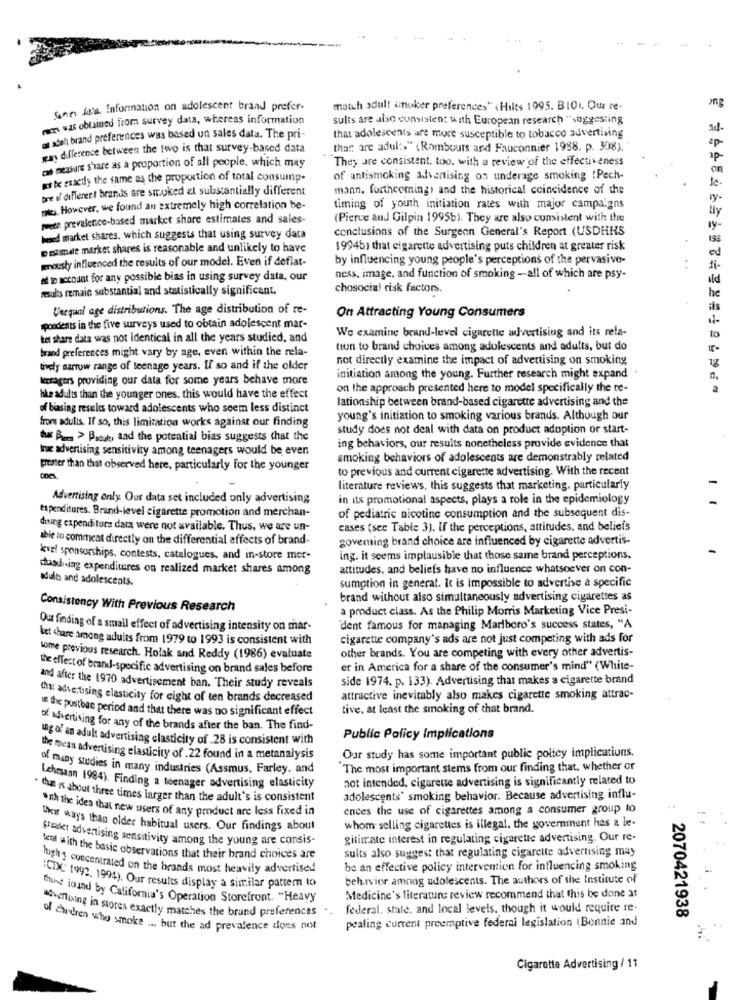
--
Come de'a Information on adolescent brand prefer.
match adult smoker preferences" <Hilts 1995. BIO1. Our re-
mens was obtained from survey data, whereas information
sulis are also consistent with European research "suggesting
of adel brand preferences was based on sales data. The pri-
that adolescents are more susceptible to tobacco advertising
gan difference between the two is that survey-based data
thar are adult" (Rombours and Fauconnier 1988, p. 308).
They are consistent. too. with a review of the effectiveness
cas measure s'are as a proportion of all people, which may
on
at be exactly the same as the proportion of total consump.
of antismoking advertising on underage smoking (Pech-
one of different brands are smoked at substantially different
mann, forthcoming) and the historical coincidence of the
de-
ly-
pat. However, we found an extremely high correlation be-
timing of youth initiation rates with major campaigns
twede prevalence-based market share estimates and sales-
(Pierce and Gilpin 1995b). They are also consistent with the
conclusions of the Surgeon General's Report (USDHHS
bened market shares. which suggests that using survey data
Destimile market shares is reasonable and unlikely to have
19946) chat cigarette advertising puts children at greater risk
genousty influenced the results of our model. Even if deflat-
by influencing young people's perceptions of the pervasive-
. .
ed to account for any possible bias in using survey data, our
ncss, image, and function of smoking -all of which are psy-
ild
results remain substantial and statistically significant.
chosocial risk factors.
he
Unequal age distributions. The age distribution of re-
On Attracting Young Consumers
spondents in the five surveys used to obtain adolescent mar-
tet share data was not identical in all the years studied, and
We examine brand-level cigarette advertising and its rela-
to
brand preferences might vary by age, even within the rela-
tion to brand choices among adolescents and adults, but do
not directly examine the impact of advertising on smoking
tively narrow range of teenage years. If so and if the older
leragers providing our data for some years behave more
initiation among the young. Further research might expand
on the approach presented here to model specifically the re-
hike adults than the younger ones. this would have the effect
lationship between brand-based cigarette advertising and the
of biasing results toward adolescents who seem less distinct
from adults. If so, this limitation works against our finding
young's initiation to smoking various brands. Although our
study does not deal with data on product adoption or start-
tar Rus > Bach, and the potential bias suggests that the
truc advertising sensitivity among teenagers would be even
ing behaviors, our results nonetheless provide evidence that
smoking behaviors of adolescents are demonstrably related
greater than that observed here, particularly for the younger
to previous and current cigarette advertising. With the recent
literature reviews, this suggests that marketing, particularly
Advertising only. Our data set included only advertising
in its promotional aspects, plays a role in the epidemiology
expenditures. Brand-level cigarette promotion and merchan-
of pediatric nicotine consumption and the subsequent dis-
dising expenditure data were not available. Thus, we are un-
cases (see Table 3). If the perceptions, attitudes, and beliefs
able to comment directly on the differential affects of brand-
goveming brand choice are influenced by cigarette advertis-
kvel sponsorships, contests, catalogues, and in-store mer.
ing. it seems implausible that those same brand perceptions,
staadi-ing expenditures on realized market shares among
attitudes, and beliefs have no influence whatsoever on con-
adults and adolescents.
sumption in general. It is impossible to advertise a specific
brand without also simultaneously advertising cigarettes as
Consistency With Previous Research
a product class. As the Philip Morris Marketing Vice Presi-
Our finding of a small effect of advertising intensity on mar-
dent famous for managing Marlboro's success states, "A
ket chare among aduits from 1979 to 1993 is consistent with
cigarette company's ads are not just competing with ads for
other brands. You are competing with every other advertis-
some previous research. Holak and Reddy (1986) evaluate
the effect of brand-specific advertising on brand sales before
er in America for a share of the consumer's mind" (White-
side 1974. p. 133). Advertising that makes a cigarette brand
and after the 1970 advertisement ban. Their study reveals
Ch: advertising elasticity for eight of ten brands decreased
attractive inevitably also makes cigarette smoking attrac-
le the postban period and that there was no significant effect
tive, at least the smoking of that brand.
of advertising for any of the brands after the ban. The find-
ung of an adult advertising elasticity of .28 is consistent with
Public Policy Implications
the mean advertising elasticity of .22 found in a metanalysis
Our study has some important public poltey implications.
of many studies in many industries (Assmus, Farley. and
The most important stems from our finding that, whether or
not intended, cigarette advertising is significantly related to
Lehmann 1984). Finding a teenager advertising elasticity
. that is about three times larger than the adult's is consistent
adolescents' smoking behavior. Because advertising influ-
ences the use of cigarettes among a consumer group to
"Ih the idea that new users of any product are less fixed in
Their ways than older habitual users. Our findings about
whom selling cigarettes is illegal. the government has a le-
Slakt advertising sensitivity among the young are consis-
gitimate interest in regulating cigarette advertising. Our re-
sults also suggest that regulating cigarette advertising may
well with the basic observations that their brand choices are
hughy concentrated on the brands most heavily advertised
be an effective policy intervention for influencing smoking
behavior among adolescents. The authors of the Institute of
CDC 1992. 1994). Our results display a similar pattem to
thune iound by California's Operation Storefront. "Heavy
Medicine's literature review recommend that this be done at
federal, state. and local levels, though it would require re.
2070421938
advertising in stores exactly matches the brand preferences ..
pealing current preemptive federal legislation (Bonnie and
of chicken who smoke ... but the ad prevalence does not
Cigarette Advertising / 11